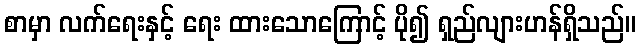
စာမှာ လက်ရေးနှင့် ရေး ထားသောကြောင့် ပို၍ ရှည်လျားဟန်ရှိသည်။